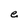
Character: e